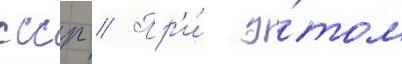
ссср // Пр'и́ э́том